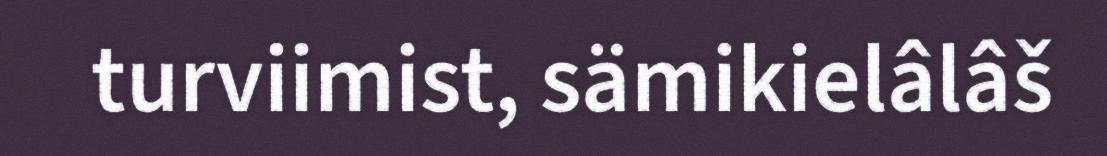
turviimist, sämikielâlâš